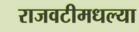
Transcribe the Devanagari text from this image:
राजवटीमधल्या